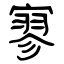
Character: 寥